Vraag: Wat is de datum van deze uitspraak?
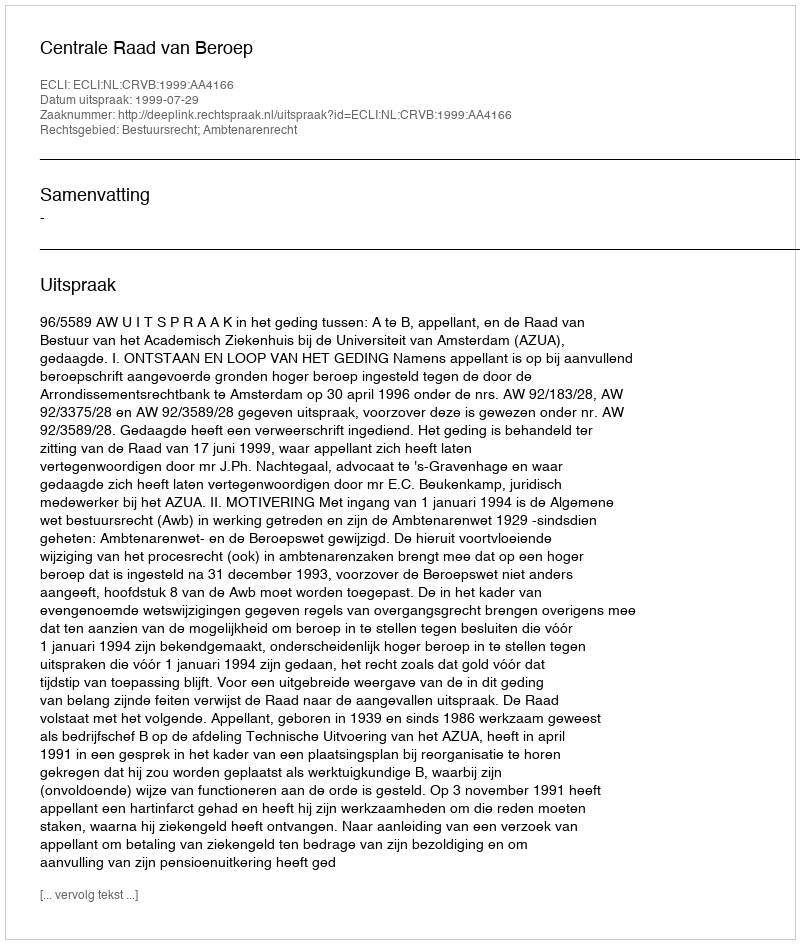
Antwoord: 1999-07-29